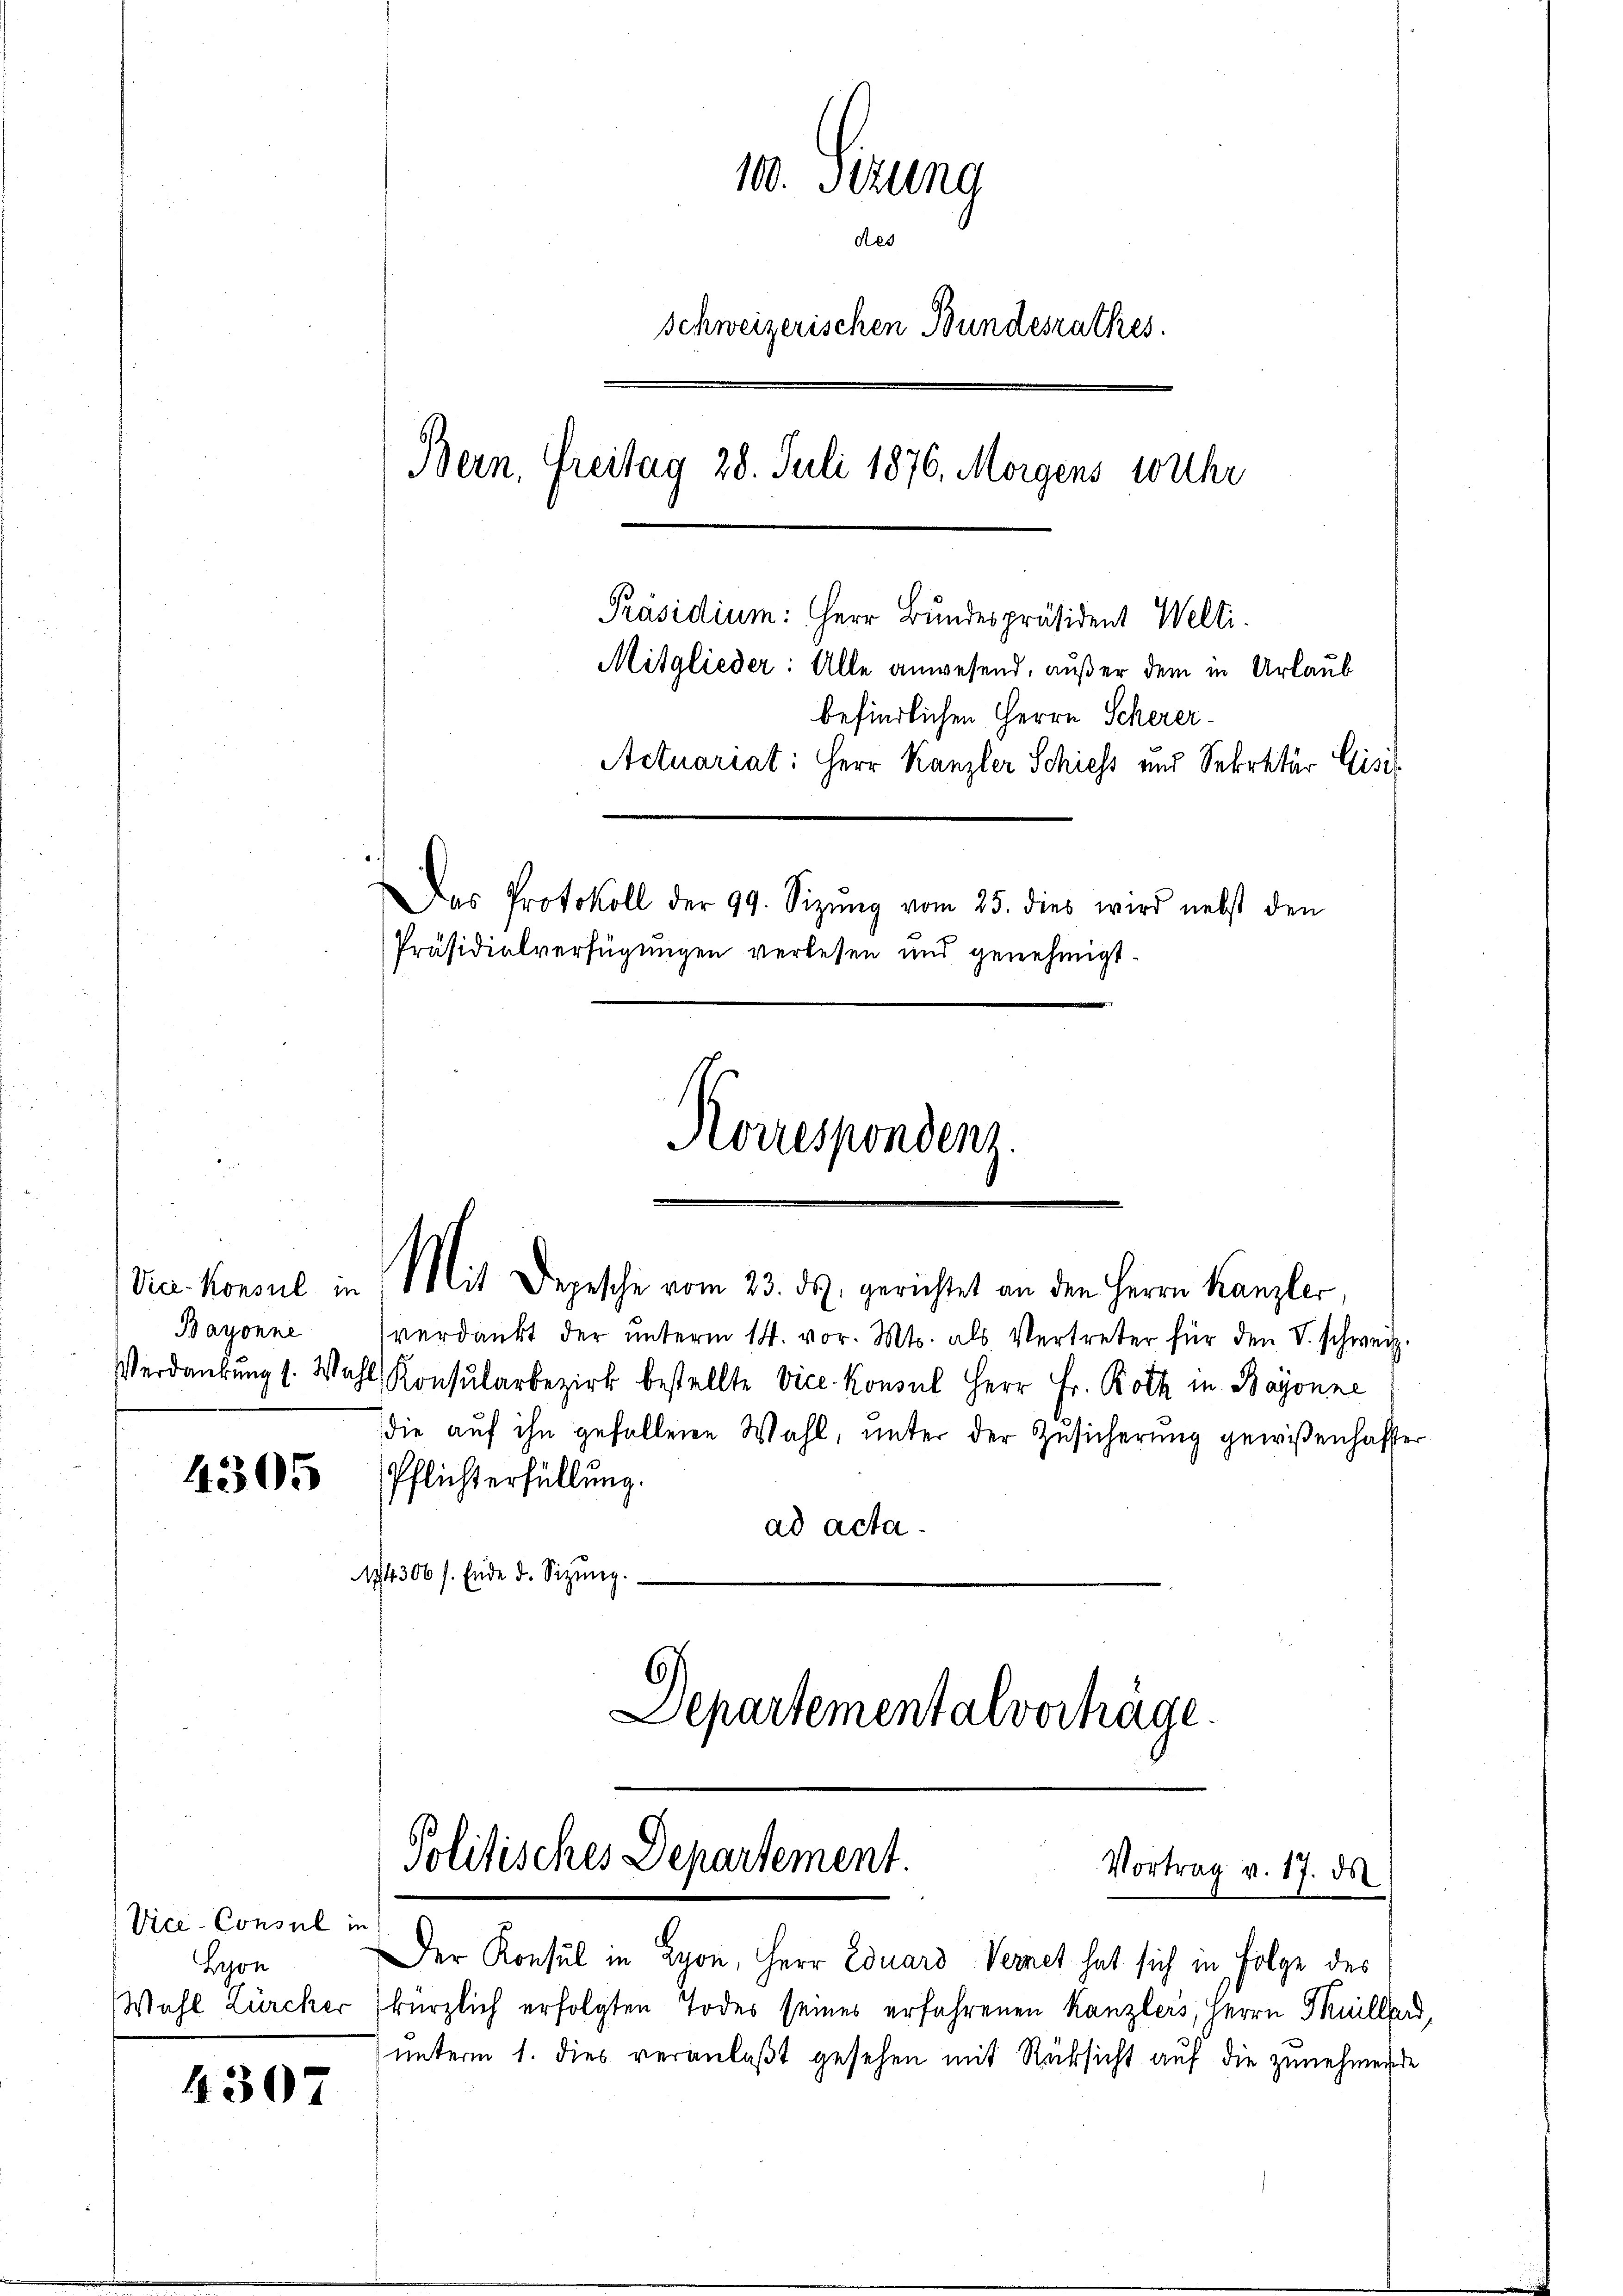
Bayonne

Vice-Consul in
Lyon
Wahl Zürcher

4307

1. Seizung
des
schweizerischen Bundesrathes.
Bern, Freitag 28. Juli 1876, Morgens wahr
Präsidium: Herr Bundespräsident Welti.
Mitglieder: Alle anwesend, außer dem in Urlaub
befindlichen Herrn Scherer¬
Actuariat: Herr Kanzler Schiess und Sekretär Eise
Das Protokoll der 99. Sizŭng vom 25. dies wird nebst den
Präsidialverfügungen verlesen und genehmigt.
Korrespondenz.

verdankt der ŭnterm 14. vor. Mts. als Vertreter für den S. schweiz.
Verdankŭng s. Wahl Konsularbezirk bestellte Vice-Konsul Herr Fr. Roth in Bayonne
die auf ihn gefallene Wahl, unter der Zusicherung gewißenhafter
14. 336 Pflichterfüllŭng.
ad acta.
174306 s. Ende d. Sizŭng.
Departementalverhäge.

Ve. Konsul in Mit Depesche vom 23. ds. gerichtet an den Herrn Kanzler,

Der Konsul in Lyon, Herr Eduard Vernet hat sich in Folge des
kürzlich erfolgten Todes seines erfahrenen Kanzlers, Herrn Teillard,
unterm 1. dies veranlaßt gesehen mit Rüksicht auf die zunehmende

Politisches Departement.
Vortrag v. 17. ds